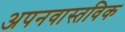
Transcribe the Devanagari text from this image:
अपनवास्तविक